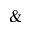
\&